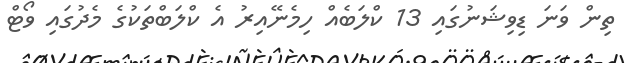
ތިން ވަނަ ޑިވިޝަނުގައި 13 ކްލަބެއް ހިމެނޭއިރު އެ ކްލަބްތަކުގެ މެދުގައި ވޯޓް